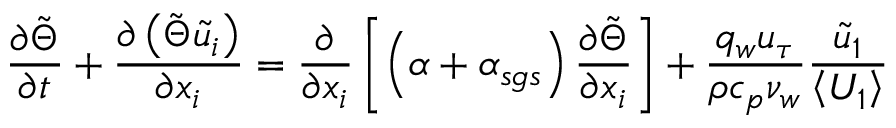
\frac { \partial \tilde { \Theta } } { \partial t } + \frac { \partial \left( \tilde { \Theta } \tilde { u } _ { i } \right) } { \partial x _ { i } } = \frac { \partial } { \partial x _ { i } } \left[ \left( \alpha + \alpha _ { s g s } \right) \frac { \partial \tilde { \Theta } } { \partial x _ { i } } \right] + \frac { q _ { w } u _ { \tau } } { \rho c _ { p } \nu _ { w } } \frac { \tilde { u } _ { 1 } } { \left< U _ { 1 } \right> }